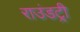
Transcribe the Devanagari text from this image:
राउंडट्री